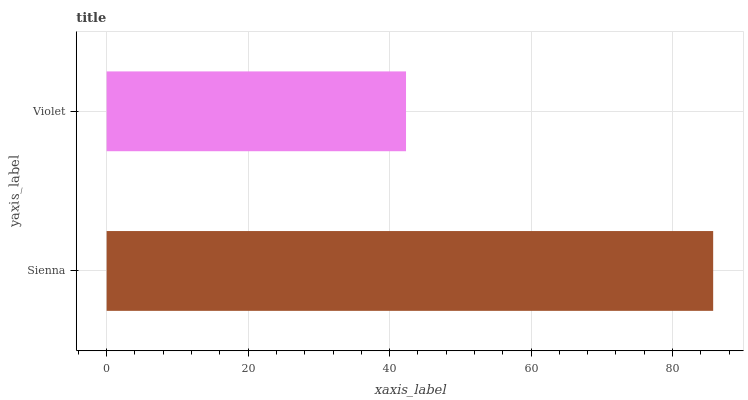
| yaxis_label | bars |
 | --- | --- |
 | Sienna | 85.7 |
 | Violet | 42.3 |